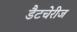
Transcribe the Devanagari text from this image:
डैटचेरीज